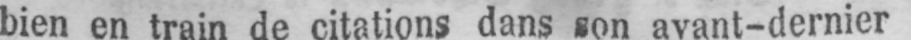
bien en train de citations dans son avant-dernier